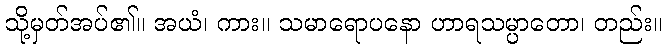
သို့မှတ်အပ်၏။ အယံ၊ ကား။ သမာရောပနော ဟာရသမ္ပာတော၊ တည်း။